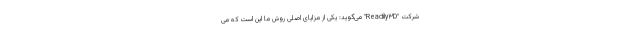
شرکت "Readily۳D" می‌گوید: یکی از مزایای اصلی روش ما این است که می